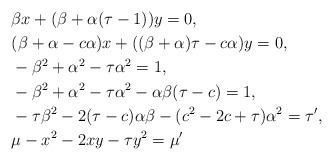
LaTeX: \begin{align*}&\beta x+ (\beta+\alpha(\tau-1))y=0,\\&(\beta+\alpha-c\alpha)x + ((\beta+\alpha)\tau-c\alpha)y=0,\\&-\beta^2+\alpha^2 - \tau \alpha^2 = 1,\\&-\beta^2+\alpha^2 - \tau \alpha^2 - \alpha\beta(\tau-c)=1,\\&-\tau \beta^2 - 2(\tau-c)\alpha\beta - (c^2-2c+\tau)\alpha^2=\tau',\\&\mu-x^2-2xy-\tau y^2 = \mu'\end{align*}